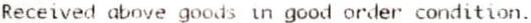
RECEIVED ABOVE GOODS IN GOOD ORDER CONDITION.